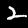
Label: 2